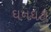
ઘનઘટા